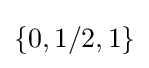
\left\{0,1/2,1\right\}